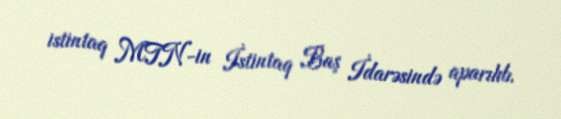
istintaq MTN-in İstintaq Baş İdarəsində aparılıb.